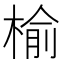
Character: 榆